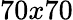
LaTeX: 70x70